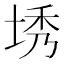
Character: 𪣜